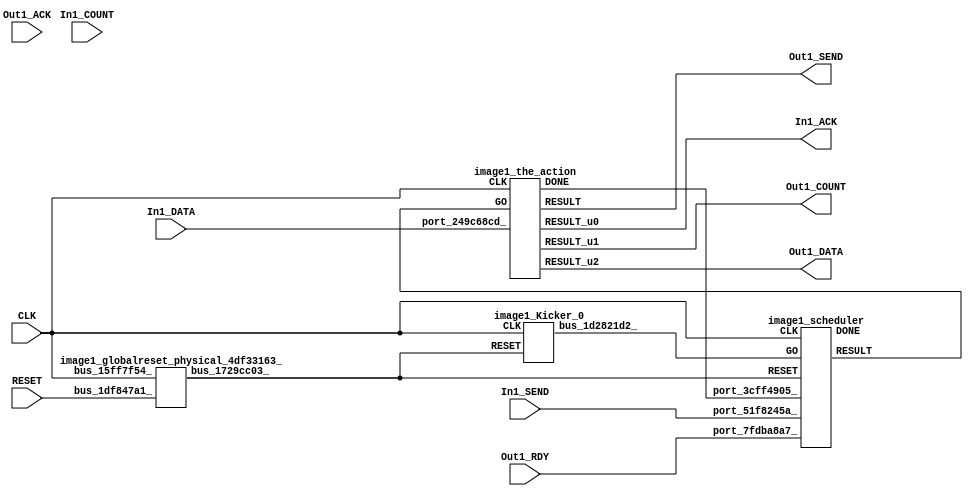
// __  ___ __ ___  _ __   ___  ___ 
// \ \/ / '__/ _ \| '_ \ / _ \/ __|
//  >  <| | | (_) | | | | (_) \__ \
// /_/\_\_|  \___/|_| |_|\___/|___/
// 
// Xronos synthesizer version
// Run date: Sat 15 Jul 2017 12:55:04 +0100
// 

module image1(In1_SEND, In1_DATA, In1_ACK, CLK, Out1_SEND, Out1_RDY, RESET, In1_COUNT, Out1_COUNT, Out1_DATA, Out1_ACK);
input		In1_SEND;
input	[7:0]	In1_DATA;
wire		the_action_done;
output		In1_ACK;
input		CLK;
wire		the_action_go;
output		Out1_SEND;
input		Out1_RDY;
input		RESET;
input	[15:0]	In1_COUNT;
output	[15:0]	Out1_COUNT;
output	[7:0]	Out1_DATA;
input		Out1_ACK;
wire		image1_scheduler_instance_DONE;
wire		scheduler;
wire		bus_1729cc03_;
wire		the_action_u0;
wire	[15:0]	the_action_u1;
wire	[7:0]	the_action_u2;
wire		image1_the_action_instance_DONE;
wire		the_action;
wire		bus_49cb9e0d_;
wire		bus_1d2821d2_;
assign the_action_done=bus_49cb9e0d_;
assign In1_ACK=the_action_u0;
assign the_action_go=scheduler;
assign Out1_SEND=the_action;
assign Out1_COUNT=the_action_u1;
assign Out1_DATA=the_action_u2;
image1_scheduler image1_scheduler_instance(.CLK(CLK), .RESET(bus_1729cc03_), .GO(bus_1d2821d2_), 
  .port_51f8245a_(In1_SEND), .port_3cff4905_(the_action_done), .port_7fdba8a7_(Out1_RDY), 
  .DONE(image1_scheduler_instance_DONE), .RESULT(scheduler));
image1_globalreset_physical_4df33163_ image1_globalreset_physical_4df33163__1(.bus_15ff7f54_(CLK), 
  .bus_1df847a1_(RESET), .bus_1729cc03_(bus_1729cc03_));
image1_the_action image1_the_action_instance(.CLK(CLK), .GO(the_action_go), .port_249c68cd_(In1_DATA), 
  .DONE(image1_the_action_instance_DONE), .RESULT(the_action), .RESULT_u0(the_action_u0), 
  .RESULT_u1(the_action_u1), .RESULT_u2(the_action_u2));
assign bus_49cb9e0d_=image1_the_action_instance_DONE&{1{image1_the_action_instance_DONE}};
image1_Kicker_0 image1_Kicker_0_1(.CLK(CLK), .RESET(bus_1729cc03_), .bus_1d2821d2_(bus_1d2821d2_));
endmodule



module image1_scheduler(CLK, RESET, GO, port_51f8245a_, port_3cff4905_, port_7fdba8a7_, DONE, RESULT);
input		CLK;
input		RESET;
input		GO;
input		port_51f8245a_;
input		port_3cff4905_;
input		port_7fdba8a7_;
output		DONE;
output		RESULT;
wire		not_u0_u0;
wire		and_u0_u0;
wire		and_u1_u0;
wire		and_u2_u0;
wire		and_u3_u0;
wire		not_u1_u0;
wire		simplePinWrite;
wire		and_u4_u0;
wire		and_u5_u0;
wire		and_u6_u0;
wire		or_u0_u0;
reg		loopControl_u0=1'h0;
assign not_u0_u0=~port_51f8245a_;
assign and_u0_u0=and_u6_u0&not_u0_u0;
assign and_u1_u0=and_u6_u0&port_51f8245a_;
assign and_u2_u0=and_u5_u0&not_u1_u0;
assign and_u3_u0=and_u5_u0&port_7fdba8a7_;
assign not_u1_u0=~port_7fdba8a7_;
assign simplePinWrite=and_u4_u0&{1{and_u4_u0}};
assign and_u4_u0=and_u3_u0&and_u5_u0;
assign and_u5_u0=and_u1_u0&and_u6_u0;
assign and_u6_u0=or_u0_u0&or_u0_u0;
assign or_u0_u0=GO|loopControl_u0;
always @(posedge CLK or posedge RESET)
begin
if (RESET)
loopControl_u0<=1'h0;
else loopControl_u0<=and_u6_u0;
end
assign DONE=1'h0;
assign RESULT=simplePinWrite;
endmodule



module image1_globalreset_physical_4df33163_(bus_15ff7f54_, bus_1df847a1_, bus_1729cc03_);
input		bus_15ff7f54_;
input		bus_1df847a1_;
output		bus_1729cc03_;
reg		glitch_u0=1'h0;
reg		final_u0=1'h1;
reg		sample_u0=1'h0;
wire		and_51766c23_u0;
wire		or_0ec4b3a1_u0;
wire		not_25409b6a_u0;
reg		cross_u0=1'h0;
always @(posedge bus_15ff7f54_)
begin
glitch_u0<=cross_u0;
end
always @(posedge bus_15ff7f54_)
begin
final_u0<=not_25409b6a_u0;
end
always @(posedge bus_15ff7f54_)
begin
sample_u0<=1'h1;
end
assign and_51766c23_u0=cross_u0&glitch_u0;
assign or_0ec4b3a1_u0=bus_1df847a1_|final_u0;
assign not_25409b6a_u0=~and_51766c23_u0;
always @(posedge bus_15ff7f54_)
begin
cross_u0<=sample_u0;
end
assign bus_1729cc03_=or_0ec4b3a1_u0;
endmodule



module image1_the_action(CLK, GO, port_249c68cd_, DONE, RESULT, RESULT_u0, RESULT_u1, RESULT_u2);
input		CLK;
input		GO;
input	[7:0]	port_249c68cd_;
output		DONE;
output		RESULT;
output		RESULT_u0;
output	[15:0]	RESULT_u1;
output	[7:0]	RESULT_u2;
wire		simplePinWrite;
wire	[15:0]	simplePinWrite_u0;
wire		simplePinWrite_u1;
wire	[7:0]	simplePinWrite_u2;
assign simplePinWrite=GO&{1{GO}};
assign simplePinWrite_u0=16'h1&{16{1'h1}};
assign simplePinWrite_u1=GO&{1{GO}};
assign simplePinWrite_u2=port_249c68cd_;
assign DONE=GO;
assign RESULT=simplePinWrite_u1;
assign RESULT_u0=simplePinWrite;
assign RESULT_u1=simplePinWrite_u0;
assign RESULT_u2=simplePinWrite_u2;
endmodule



module image1_Kicker_0(CLK, RESET, bus_1d2821d2_);
input		CLK;
input		RESET;
output		bus_1d2821d2_;
wire		bus_275be27d_;
wire		bus_5efab350_;
reg		kicker_2=1'h0;
wire		bus_4c5ab6fb_;
reg		kicker_res=1'h0;
wire		bus_3b5bc14f_;
reg		kicker_1=1'h0;
assign bus_275be27d_=bus_4c5ab6fb_&kicker_1;
assign bus_5efab350_=kicker_1&bus_4c5ab6fb_&bus_3b5bc14f_;
assign bus_1d2821d2_=kicker_res;
always @(posedge CLK)
begin
kicker_2<=bus_275be27d_;
end
assign bus_4c5ab6fb_=~RESET;
always @(posedge CLK)
begin
kicker_res<=bus_5efab350_;
end
assign bus_3b5bc14f_=~kicker_2;
always @(posedge CLK)
begin
kicker_1<=bus_4c5ab6fb_;
end
endmodule